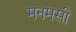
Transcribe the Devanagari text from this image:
मनमसी